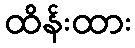
ထိန်းထား